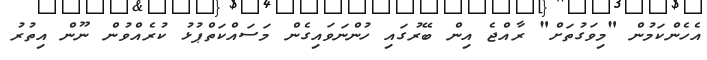
އެހެންކަމުން "މިވަގުތަށް" ރާއްޖެ އިން ބޭރުގައި ހުންނަވައިގެން މަސައްކަތްޕުޅު ކުރެއްވުން ނޫން އިތުރު